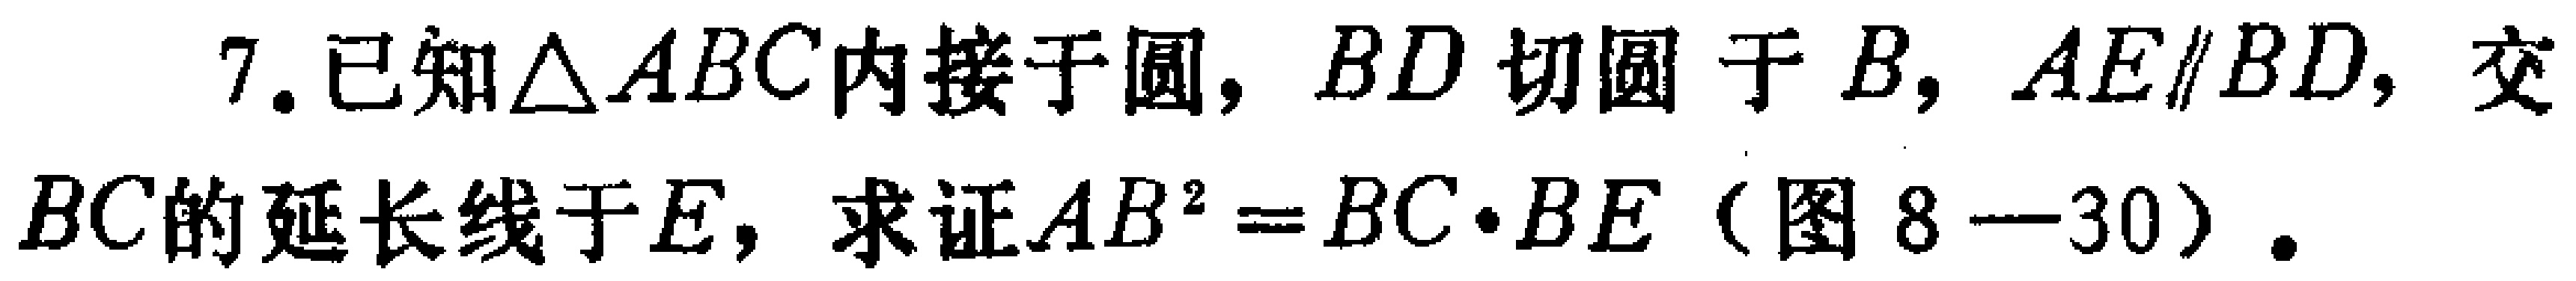
7. 已知$\triangle ABC$内接于圆，$BD$切圆于$B$，$AE\parallel BD$，交$BC$的延长线于$E$，求证$AB^{2}=BC\cdot BE$（图8—30）。